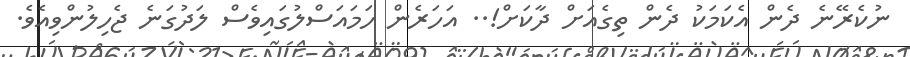
ނުކެރޭނެ ދެން އެކަމަކު ދެން ތިގެއަށް ދާކަށް!.. އަހަރެން ހަމައަސްލުގައިވެސް ލަދުގަނެ ޖެހިލުންވިއެވެ.